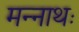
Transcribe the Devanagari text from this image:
मन्नाथः